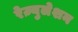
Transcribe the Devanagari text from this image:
रेज़्युलेशन